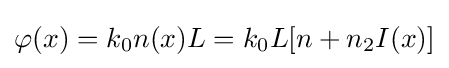
\varphi (x)=k_{0}n(x)L=k_{0}L[n+n_{2}I(x)]